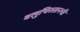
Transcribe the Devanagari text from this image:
बलुचिस्तानची